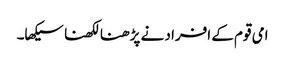
امی قوم کے افراد نے پڑھنا لکھنا سیکھا۔